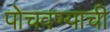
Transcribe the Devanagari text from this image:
पोचवण्‍याची